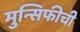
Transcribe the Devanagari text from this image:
मुन्सिफीची